Medical and sanitary report of the native army of Bengal for the year
Year: 1875
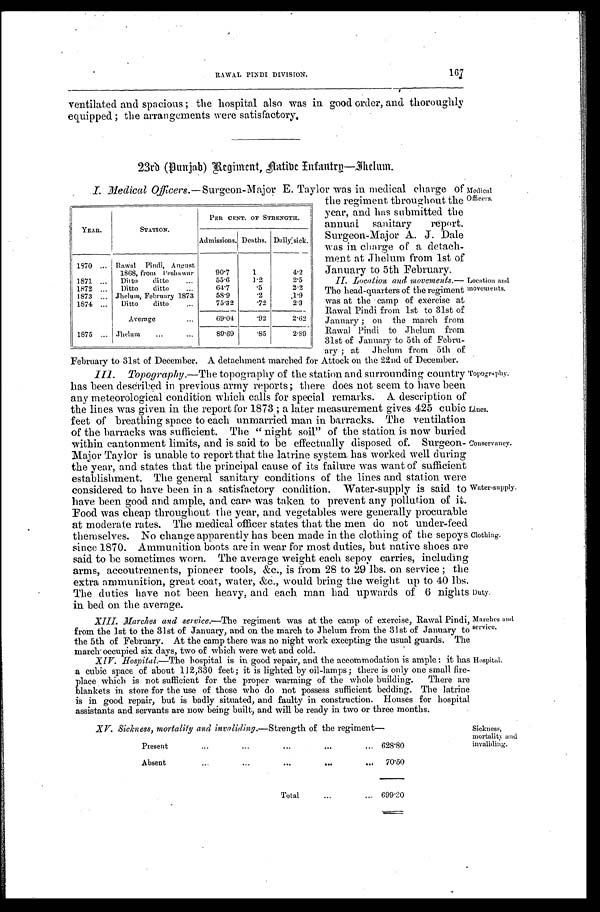
Medical
Officers.
Location and
movements.
Duty.
Marches and
service.
167
R A W A L P I N D I D I V I S I O N .
ventilated and spacious ; the hospital also was in good order, and thoroughly
equipped ; the arrangements were satisfactory.
23rd (Punjab) Regiment, N ative Infautrp—Jheclum.
I. Medical Officers.—Surgeon-Major E. Taylor was in medical charge of
YEAR.
STATION.
PER CENT. OF STRENGTH.
Admissions. Deaths. Dailysick.
1870 ... Rawal
Pindi, August
1868, from Peshawar
90.7
1
4.2
1871 ...
Ditto
ditto
...
55.6
1.2
2.5
1872 ...
Ditto
ditto
...
64.7
. 5
2.2
1873 ... Jhelum, February 1873
58.9
. 2
1 . 9
1874 ...
Ditto
ditto
...
75.32
. 7 2
2.3
Average
...
69.01
. 9 2
2.62
1875 ... Jhelum
...
...
89.69
. 8 5
2.89
the regiment throughout the
year, and has submitted the
annual sanitary report.
Surgeon-Major A. J. Dale
was in charge of a detach-
ment at Jhelum from 1st of
January to 5th February.
II. Location and movements.—
The head-nuarters of the regiment
was at the camp of exercise at
Rawal Pindi from 1st to 31st of
January ; on the march from
Rawal Pindi to Jhelum from
31st of January to 5th of Febru
ary : at Jhelum from 5th of
February to 31st of December. A detachment marched for Attock on the 22nd of December.
M. Topography .— The topography of the station and surrounding country
has been described in previous army reports ; there does not seem to have been
any meteorological condition which calls for special remarks. A description of
the lines was given in the report for 1873 ; a later measurement gives 425 cubic
feet of breathing space to each unmarried man in barracks. The ventilation
of the barracks was sufficient. The " night soil" of the station is now buried
within cantonment limits, and is said to be effectually disposed of. Surgeon-
Major Taylor is unable to report that the latrine system. has worked well during
the year, and states that the principal cause of its failure was want of sufficient
establishment. The general sanitary conditions of the lines and station were
considered to have been in a satisfactory condition. Water-supply is said to
have been good and ample, and care was taken to prevent any pollution of it.
Food was cheap throughout the year, and vegetables were generally procurable
at moderate rates. The medical officer states that the men do not under-feed
themselves. No change apparently has been made in the clothing of the sepoys
since 1870. Ammunition hoots are in wear for most duties, but native shoes are
said to be sometimes worn. The average weight each sepoy carries, including
arms, accoutrements, pioneer tools, &c., is from 28 to 29 lbs. on service ; the
extra ammunition, great coat, water, &c., would bring the weight up to 40 lbs.
The duties have not been heavy, and each man had upwards of 6 nights in bed on the average.
XIII. Marches and service.—The regiment was at the camp of exercise, Rawal Pindi,
from the 1st to the 31st of January, and on the march to Jhelum from the 31st of January to
the 5th of February. At the camp there was no night work excepting the usual guards. The
march- occupied six days. two of which were wet and cold.
XIV. Hospital.—The hospital is in good repair, and the accommodation is ample : it has
a cubic space of about 1.12,330 feet; it is lighted by oil-lamps; there is only one small fire
place which is not sufficient for the proper warming of the whole building. There are
blankets in. store for the use of those who do not possess sufficient bedding. The latrine
is in good repair, but is badly situated, and faulty in construction. Houses for hospital
assistants and servants are now being built, and will be ready in two or three months.
Topography.
Lines
Conservancy.
Water-supply.
Clothing.
XV. Sickness, mortality and invaliding.—Strength of the regiment
—
Present
...
...
... ...
... 628.80
Absent
... ... ... ... ...
70.50
Total
...
... 699.20
Sickness,
mortality and
invaliding.